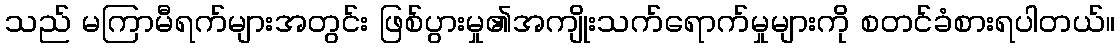
သည် မကြာမီရက်များအတွင်း ဖြစ်ပွားမှု၏အကျိုးသက်ရောက်မှုများကို စတင်ခံစားရပါတယ်။